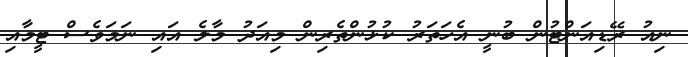
ނިއުު ރޭޑިއަންޓުން ބުނީ އެހަތަރު ކުޅުންތެރިން މިއަދު މާލެ އައި ނަމަވެސް ޓީމާއި